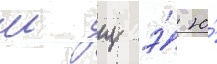
ш щ э́ ю́